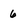
Character: 6